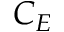
C _ { E }